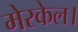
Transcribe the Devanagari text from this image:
मेरकेल।